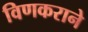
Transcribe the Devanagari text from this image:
विणकराने